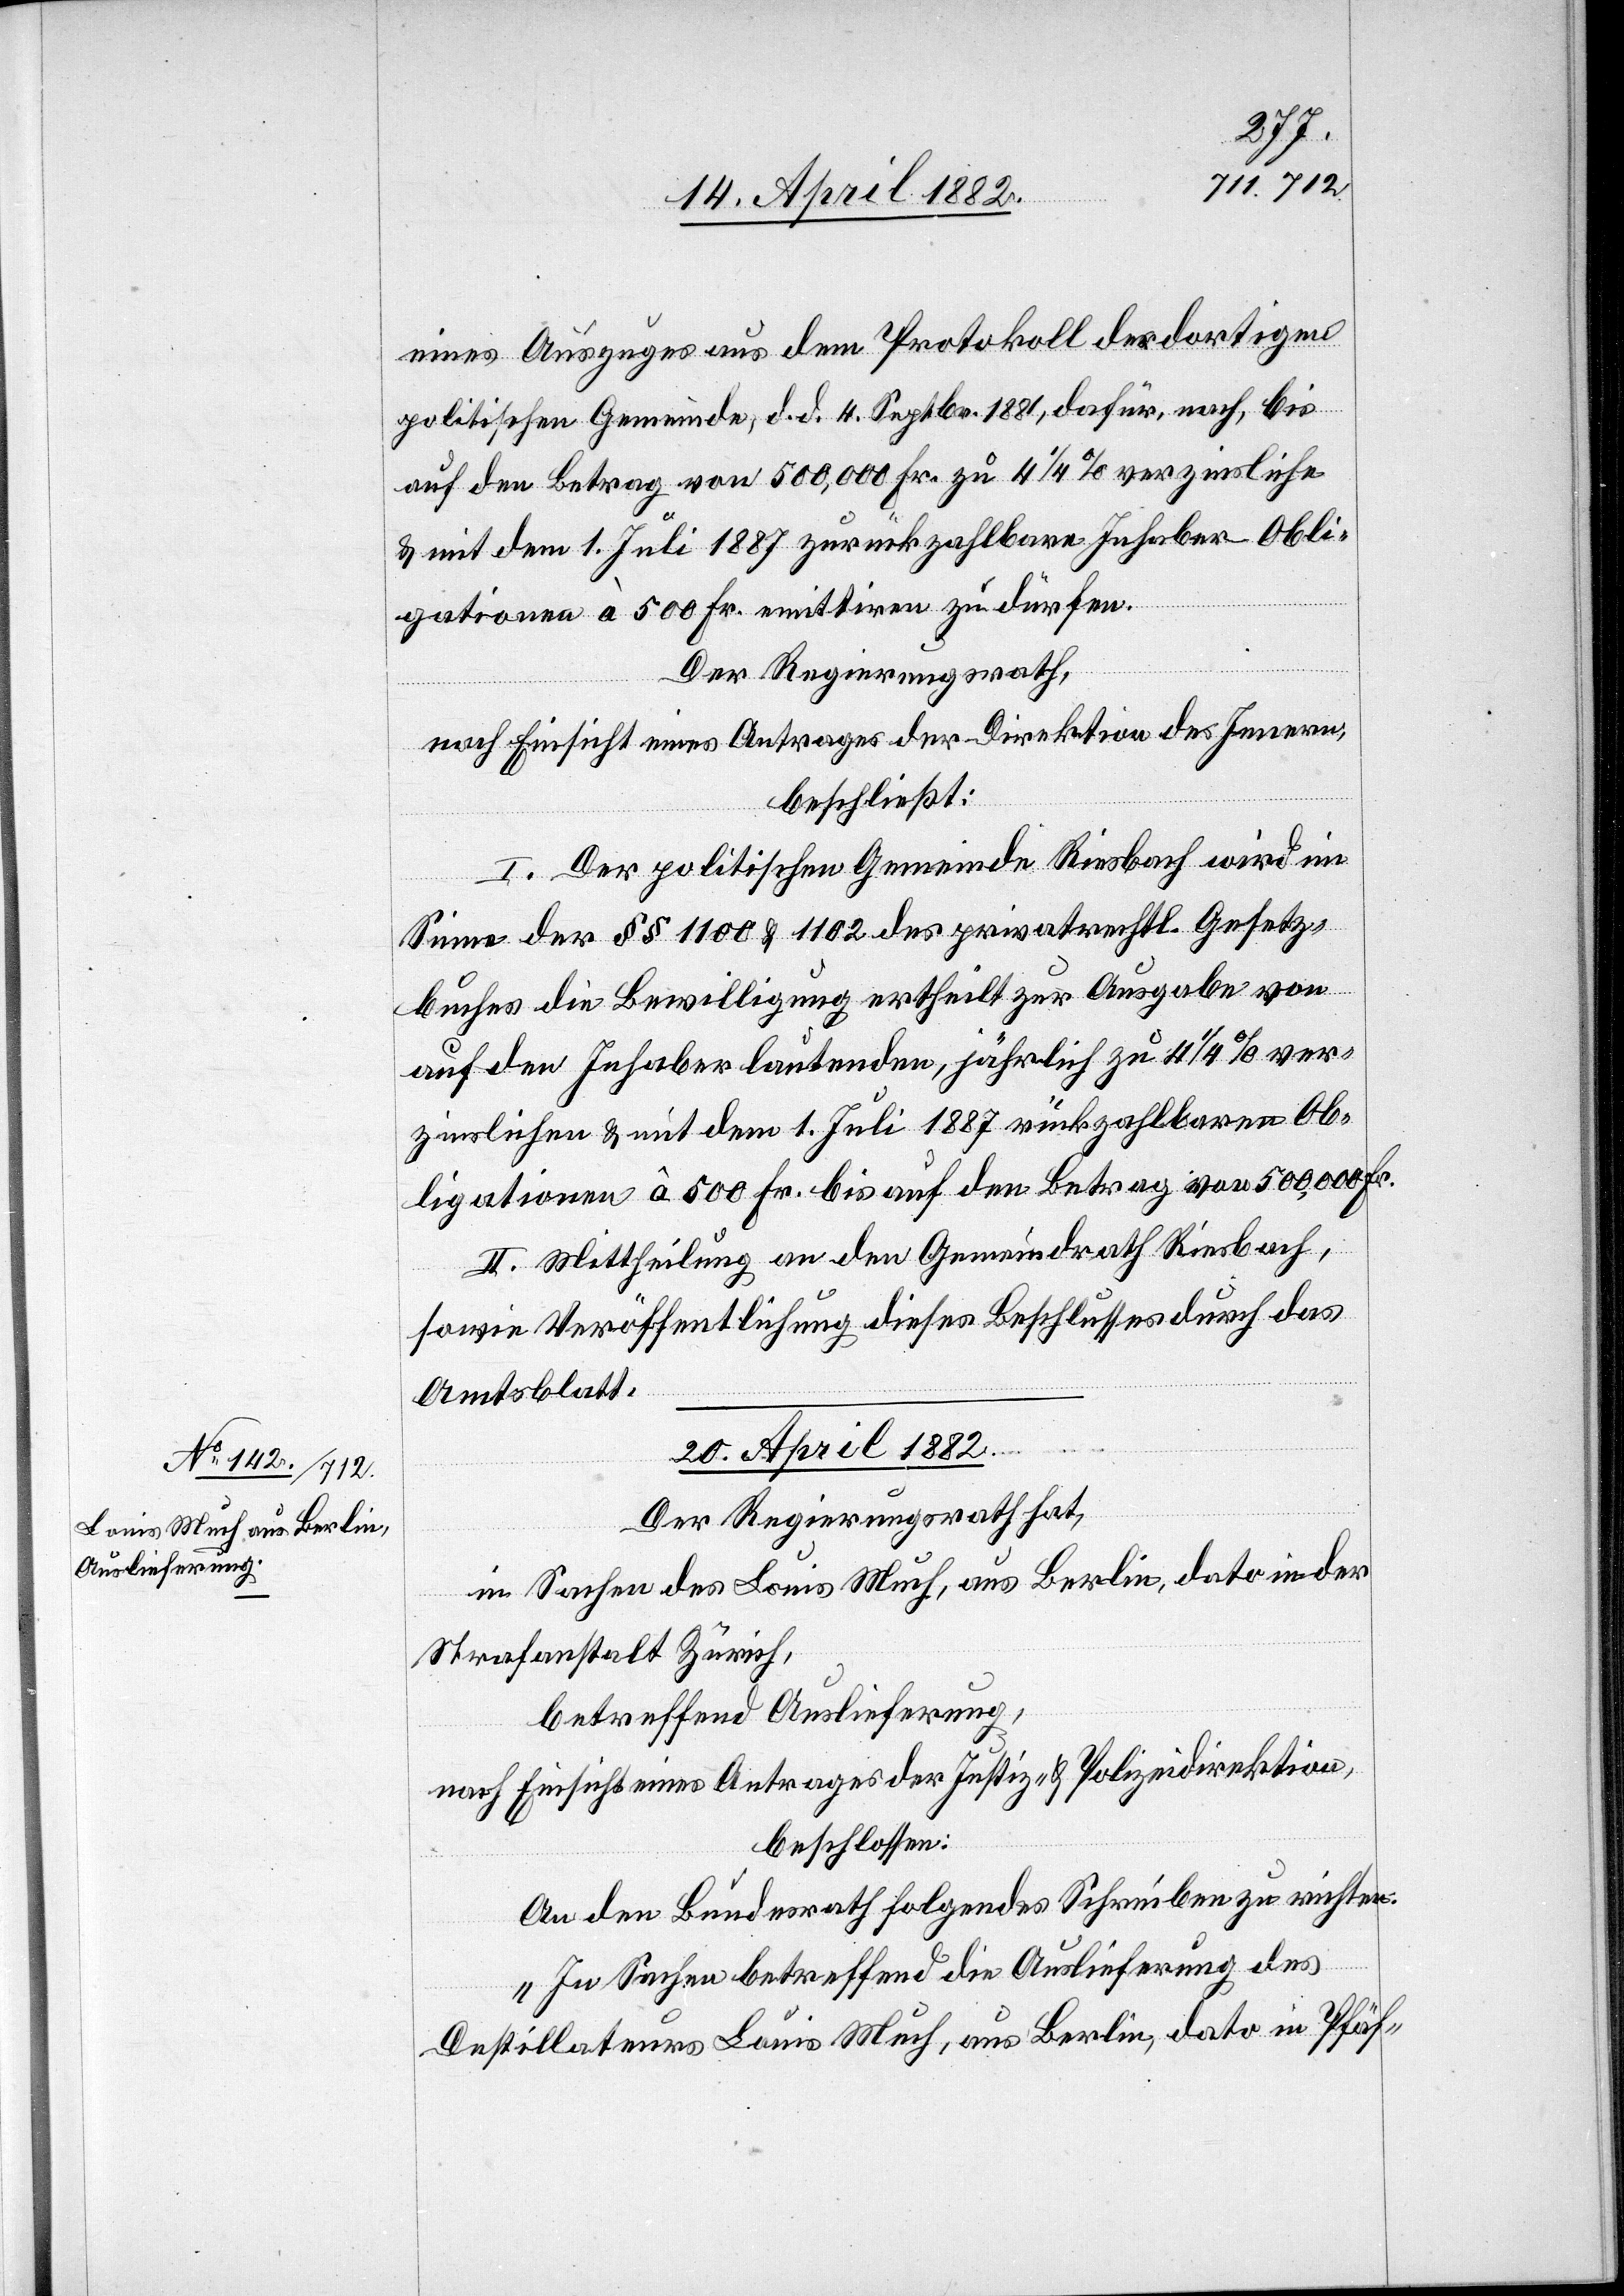
eines Auszuges aus dem Protokoll der dortigen
politischen Gemeinde, d. d. 4. Septbr. 1881, dafür, nach, bis
auf den Betrag von 500,000 Fr. zu 4 1/4% verzinsliche
& mit dem 1. Juli 1887 zurückzahlbare Inhaber-Obli¬
gationen à 500 Fr. emittiren zu dürfen.
Der Regierungsrath,
nach Einsicht eines Antrages der Direktion des Innern,
beschließt:
I. Der politischen Gemeinde Riesbach wird im
Sinne der §§ 1100 & 1102 des privatrechtl. Gesetz¬
buches die Bewilligung ertheilt zur Ausgabe von
auf den Inhaber lautenden, jährlich zu 4 1/4% ver¬
zinslichen & mit dem 1. Juli 1887 rückzahlbaren Ob¬
ligationen à 500 Fr. bis auf den Betrag von 500,000 Fr.
II. Mittheilung an den Gemeindrath Riesbach,
sowie Veröffentlichung dieses Beschlusses durch das
Amtsblatt.
20. April 1882.
Der Regierungsrath hat,
in Sachen des Louis Much, aus Berlin, dato in der
Strafanstalt Zürich,
betreffend Auslieferung,
nach Einsicht eines Antrages der Justiz- & Polizeidirektion,
beschlossen:
An den Bundesrath folgendes Schreiben zu richten:
„In Sachen betreffend die Auslieferung des
Destillateurs Louis Much, aus Berlin, dato in Pfäf-